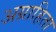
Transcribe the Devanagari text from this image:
अग्राहिता